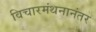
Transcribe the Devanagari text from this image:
विचारमंथनानंतर